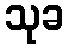
သုခ